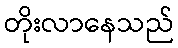
တိုးလာနေသည်